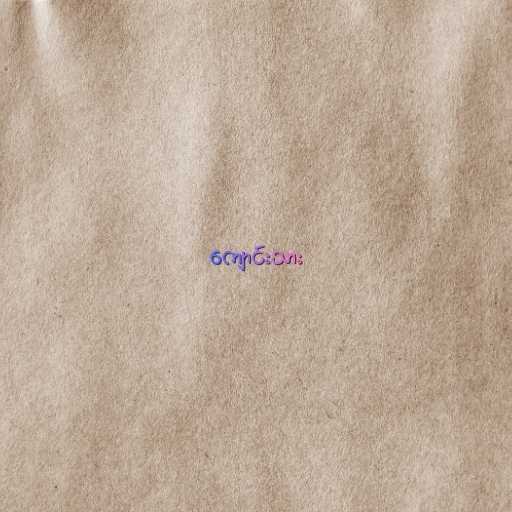
ကျောင်းသား